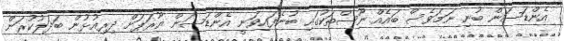
އެންޑަސަން ބުނި ނަމަވެސް ބައެއް ނޫސްތަކުގައި ބުނެފައިވަނީ އެންޑަސަން ޔޫރަޕަށް ދިރިއުޅުން ބަދަލުކުރަން